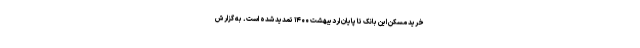
خرید مسکن این بانک تا پایان اردیبهشت ۱۴۰۰ تمدید شده است. به گزارش